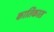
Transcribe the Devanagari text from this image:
कार्तिकात